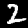
Digit: 2